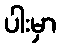
ပါးမှာ